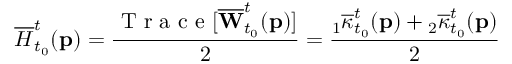
\overline { { H } } _ { t _ { 0 } } ^ { t } ( \mathbf { p } ) = \frac { \mathrm { ~ T ~ r ~ a ~ c ~ e ~ } [ \overline { { \mathbf { W } } } _ { t _ { 0 } } ^ { t } ( \mathbf { p } ) ] } { 2 } = \frac { { } _ { 1 } \overline { { \kappa } } _ { t _ { 0 } } ^ { t } ( \mathbf { p } ) + { } _ { 2 } \overline { { \kappa } } _ { t _ { 0 } } ^ { t } ( \mathbf { p } ) } { 2 }